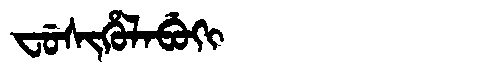
Manchu: ᠸᡠᠰᡳᡥᡠᠯᠠᠪᡠᡴᡳ
Romanization: FUSIHULABUKI